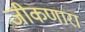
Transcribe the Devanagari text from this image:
जीकणारा